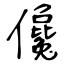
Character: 儳